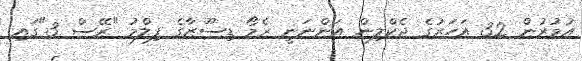
އުމުރުން 32 އަހަރުގެ ޖެކްލިން އަންނަނީ ރެމޯ ޑިސޫޒާގެ ފިލްމު "ރޭސް 3"ގައި